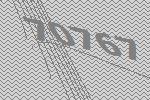
70767